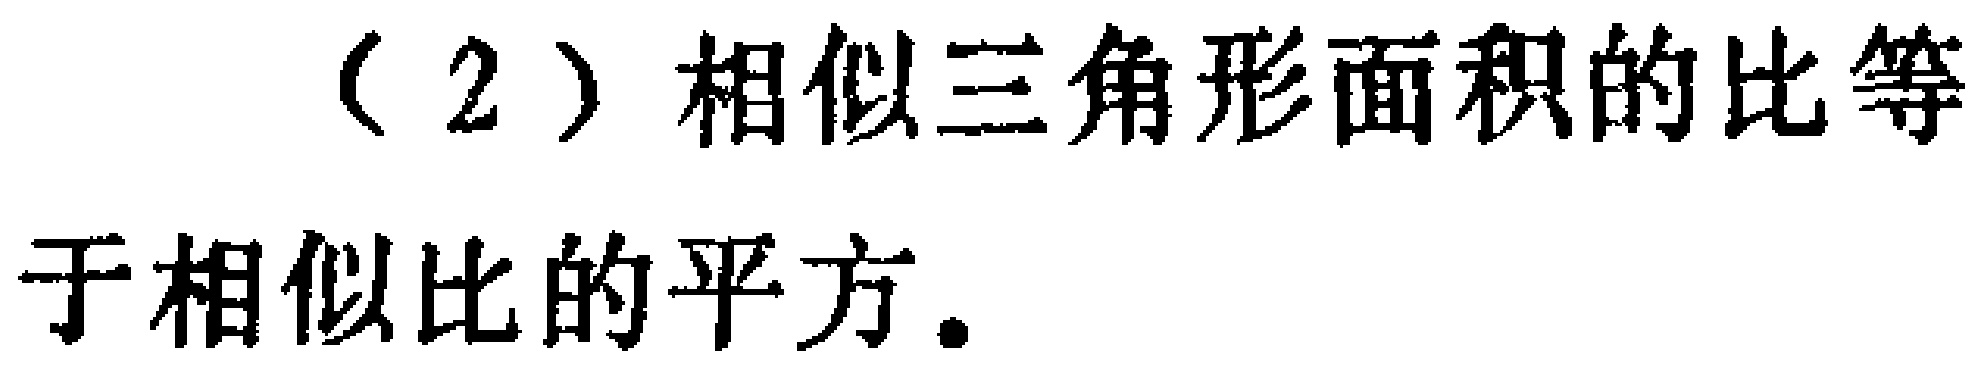
（2）相似三角形面积的比等于相似比的平方.